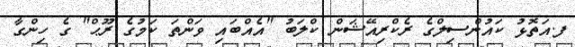
ފ.އަތޮޅު ކައުންސިލްގެ ރެކްރިއޭޝަން ކްލަބު "އެއްބައި ވަންތަ ކަމުގެ ރޫޙް" ގެ ހިންގާ